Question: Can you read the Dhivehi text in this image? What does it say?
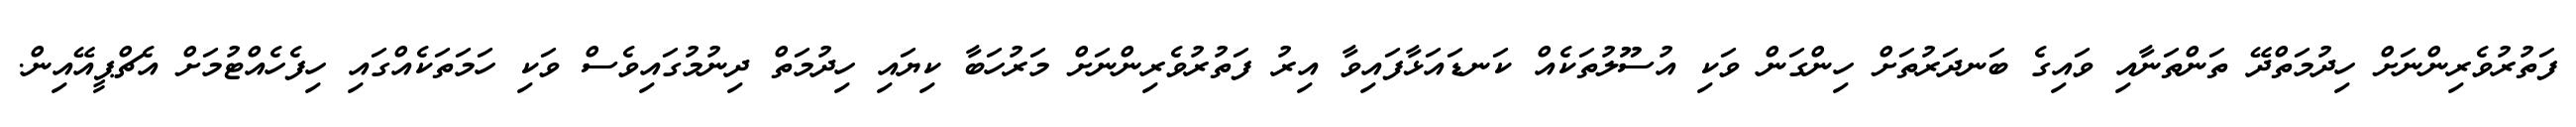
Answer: ފަތުރުވެރިންނަށް ހިދުމަތްދޭ ތަންތަނާއި ވައިގެ ބަނދަރުތަށް ހިންގަން ވަކި އުސޫލުތަކެއް ކަނޑައަޅާފައިވާ އިރު ފަތުރުވެރިންނަށް މަރުހަބާ ކިޔައި ހިދުމަތް ދިނުމުގައިވެސް ވަކި ހަމަތަކެއްގައި ހިފެހެއްޓުމަށް އެޗްޕީއޭއިން.